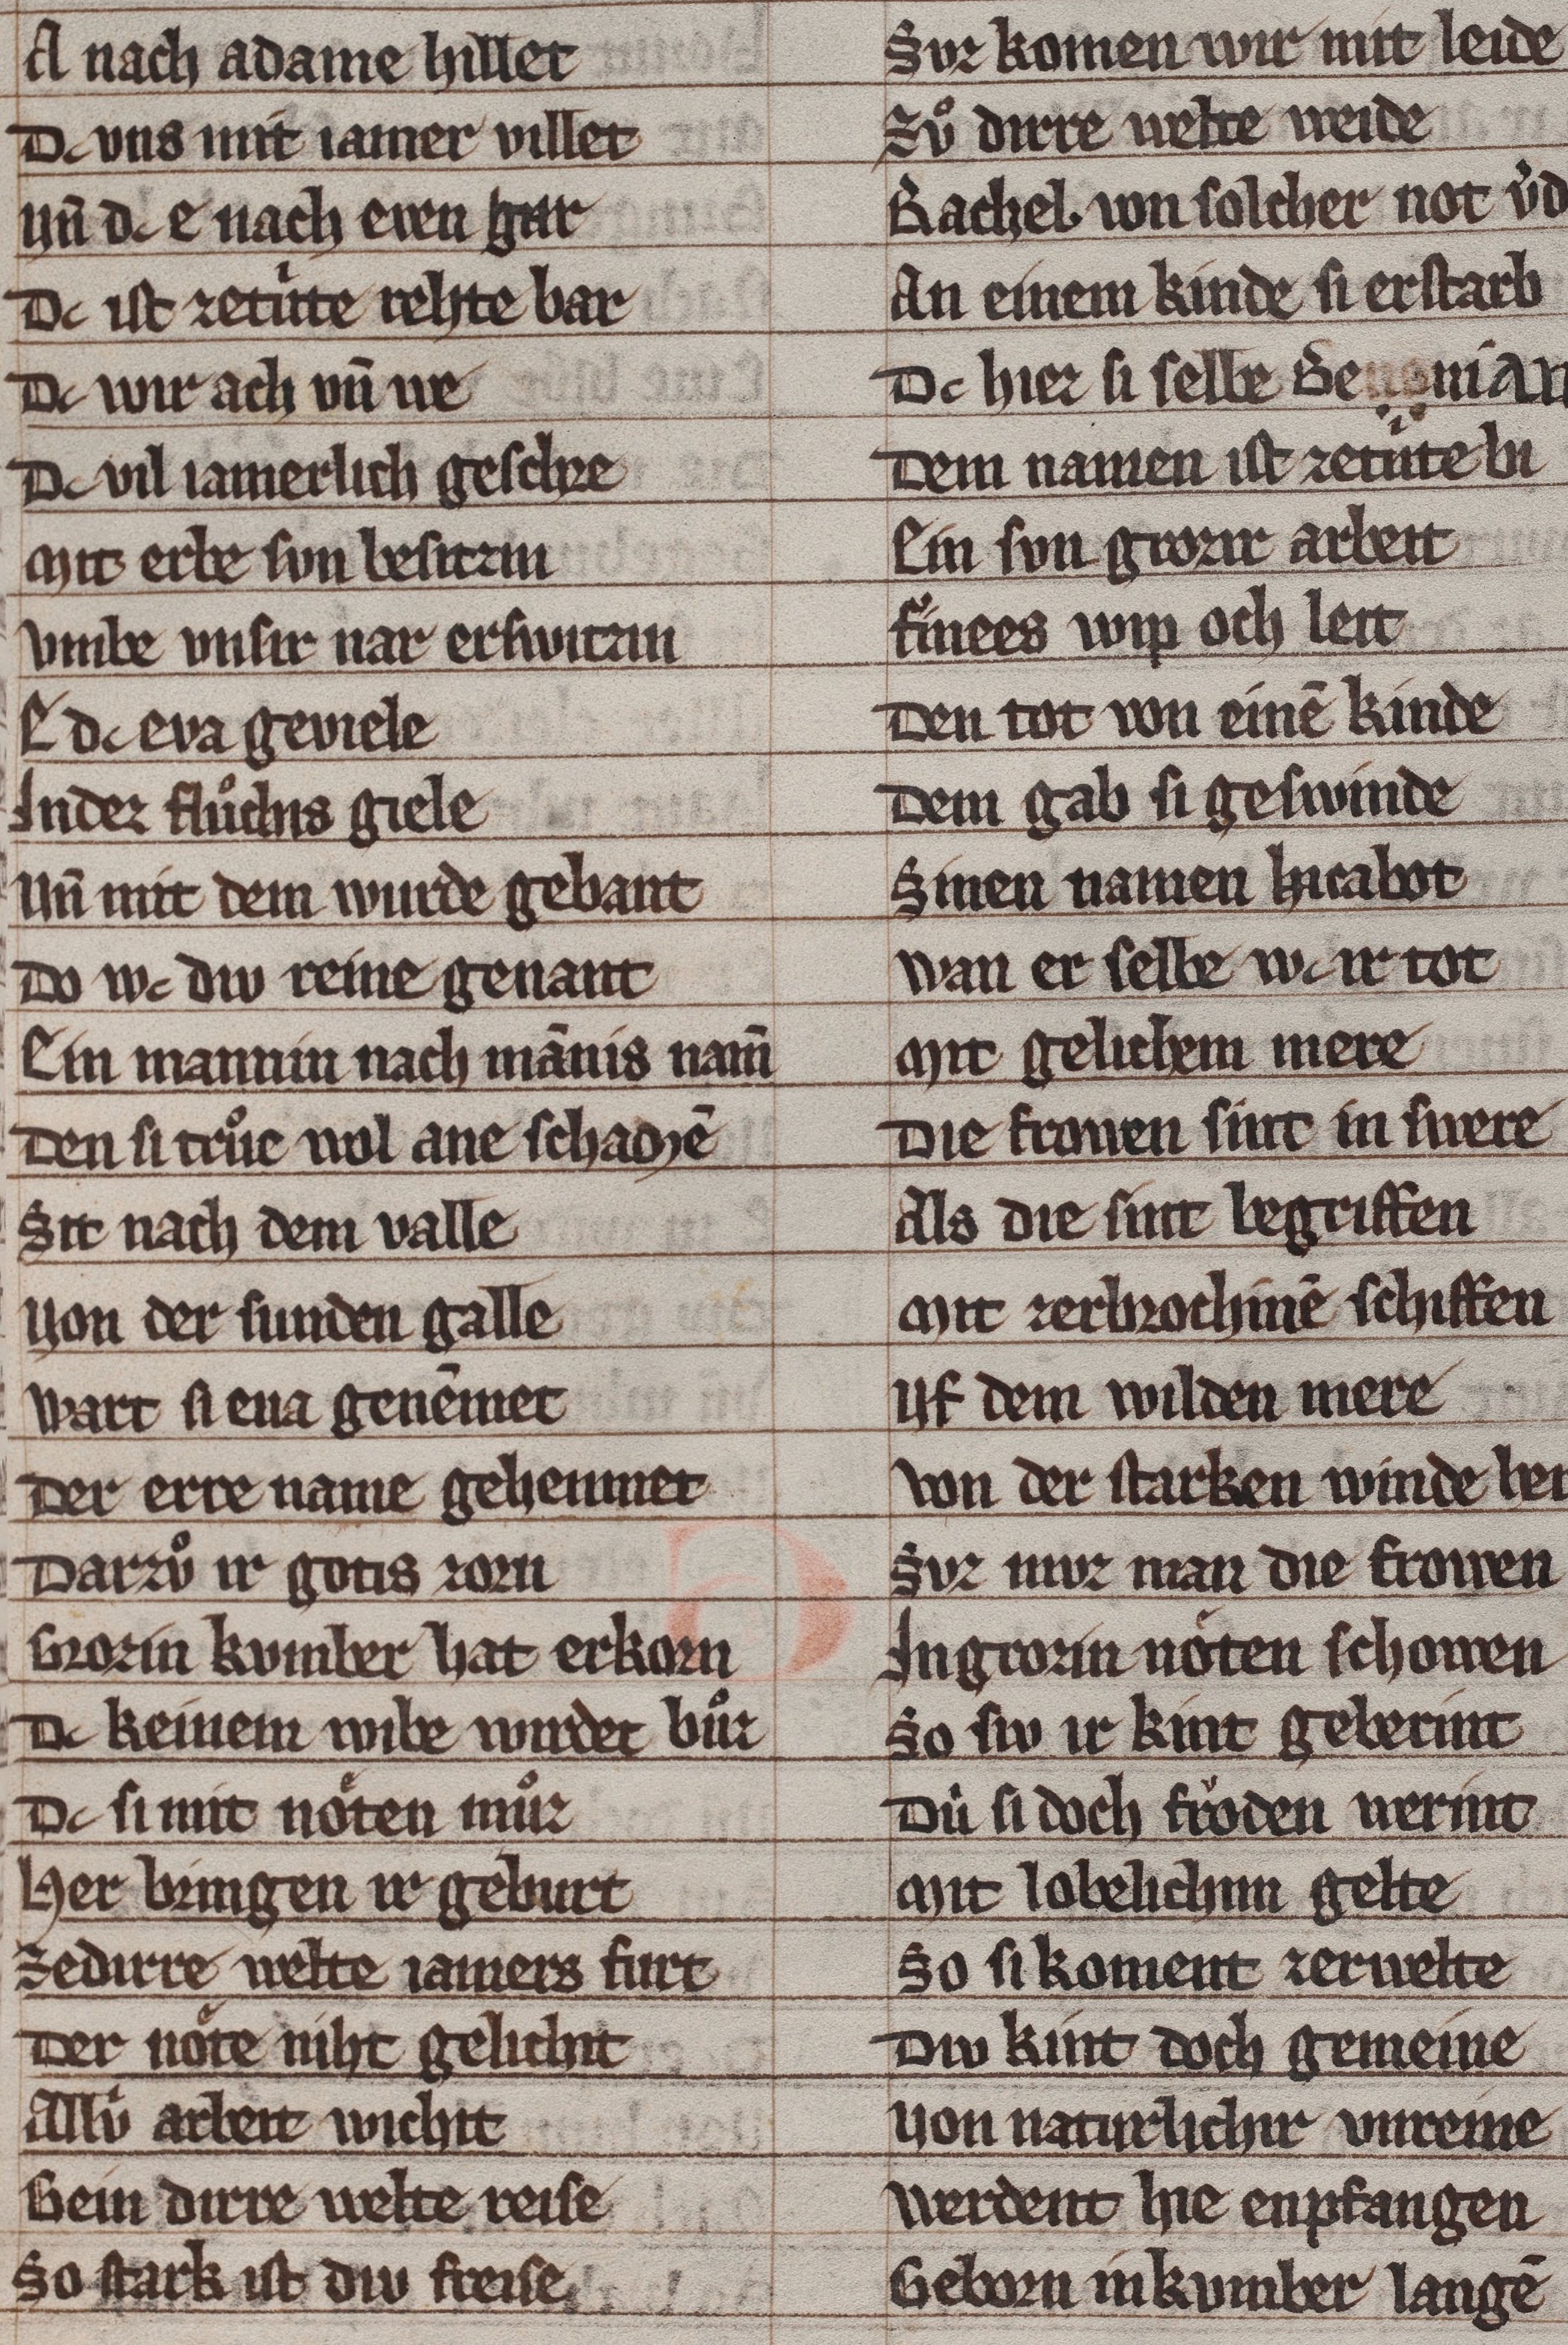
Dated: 1285–1315